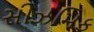
સીઝમિક